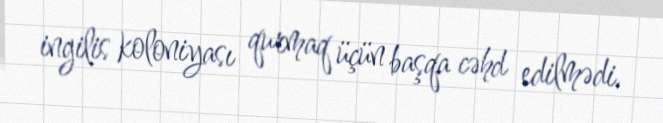
ingilis koloniyası qurmaq üçün başqa cəhd edilmədi.